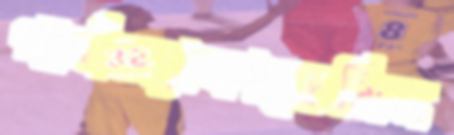
গার্থঅ্যাকাডেমিয়